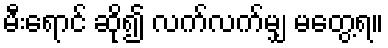
မီးရောင် ဆို၍ လက်လက်မျှ မတွေ့ရ။